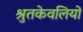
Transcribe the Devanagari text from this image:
श्रुतकेवलियों